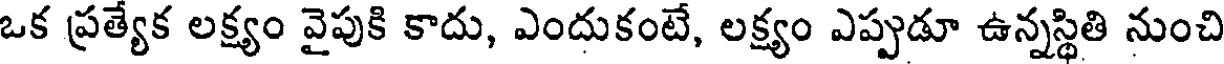
ఒక ప్రత్యేక లక్ష్యం వైపుకి కాదు, ఎందుకంటే, లక్ష్యం ఎప్పుడూ ఉన్నస్థితి నుంచి